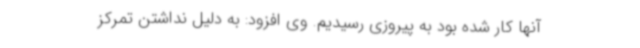
آنها کار شده بود به پیروزی رسیدیم. وی افزود: به دلیل نداشتن تمرکز